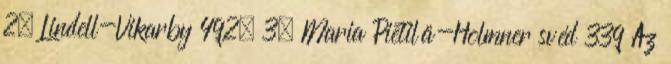
2. Lindell-Vikarby 492, 3. Maria Pietilä-Holmner svéd 339 Az